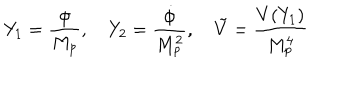
LaTeX: Y _ { 1 } = { \frac { \phi } { M _ { p } } } , \quad Y _ { 2 } = { \frac { \dot { \phi } } { M _ { p } ^ { 2 } } } , \quad \tilde { V } = { \frac { V ( Y _ { 1 } ) } { M _ { p } ^ { 4 } } }